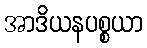
အာဒိယနပစ္စယာ